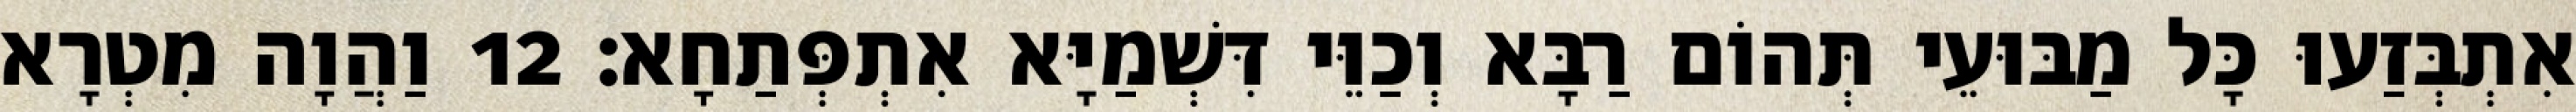
אִתְבְּזַעוּ כָּל מַבּוּעֵי תְּהוֹם רַבָּא וְכַוֵּי דִּשְׁמַיָּא אִתְפְּתַחָא׃ 12 וַהֲוָה מִטְרָא